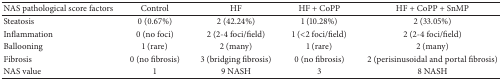
| NAS pathological score factors | Control | HF | HF + CoPP | HF + CoPP + SnMP |
 | --- | --- | --- | --- | --- |
 | Steatosis | 0 (0.67%) | 2 (42.24%) | 1 (10.28%) | 2 (33.05%) |
 | Inflammation | 0 (no foci) | 2 (2-4 foci/field) | 1 (<2 foci/field) | 2 (2-4 foci/field) |
 | Ballooning | 1 (rare) | 2 (many) | 1 (rare) | 2 (many) |
 | Fibrosis | 0 (no fibrosis) | 3 (bridging fibrosis) | 0 (no fibrosis) | 2 (perisinusoidal and portal fibrosis) |
 | NAS value | 1 | 9 NASH | 3 | 8 NASH |